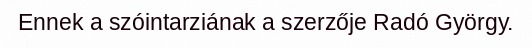
Ennek a szóintarziának a szerzője Radó György.